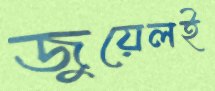
জুয়েলই